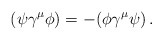
\begin{align*}(\psi\gamma^\mu\phi)=-(\phi\gamma^\mu\psi)\,.\end{align*}